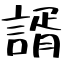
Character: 諝